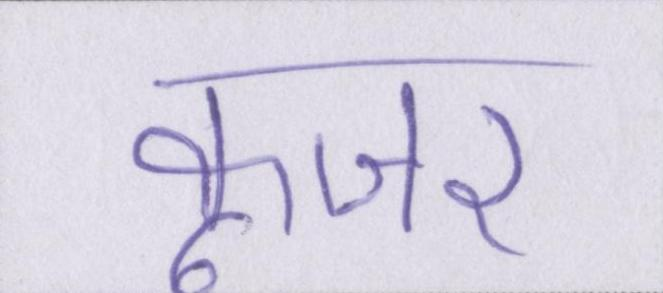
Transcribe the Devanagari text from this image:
कूजर